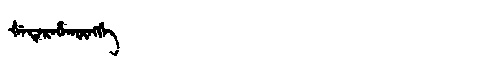
Manchu: ᡧᡝᡨᡝᡵᡝᡥᠠᡴᡡᠩᡤᡝ
Romanization: ŠETEREHAKŪNGGE